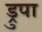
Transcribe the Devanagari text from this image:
ड्रुपा